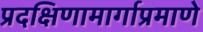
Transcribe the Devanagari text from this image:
प्रदक्षिणामार्गाप्रमाणे